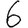
Digit: 6